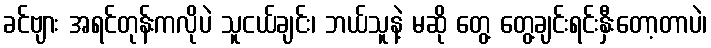
ခင်ဗျား အရင်တုန်းကလိုပဲ သူငယ်ချင်း၊ ဘယ်သူနဲ့ မဆို တွေ့ တွေ့ချင်းရင်းနှီးတော့တာပဲ၊